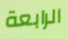
الرابعة